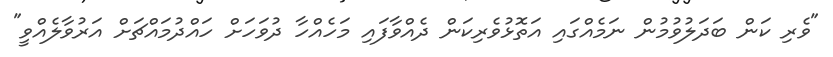
"ވެރި ކަން ބަދަލުވުމުން ނަމެއްގައި އަތޮޅުވެރިކަަން ދެއްވާފައި މަހެއްހާ ދުވަހަށް ހައްދުމައްޗަށް އަރުވާލެއްވީ"